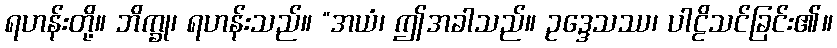
ရဟန်းတို့။ ဘိက္ခု၊ ရဟန်းသည်။ “အယံ၊ ဤအခါသည်။ ဥဒ္ဒေသဿ၊ ပါဠိသင်ခြင်း၏။